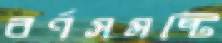
বর্ণসমষ্টি